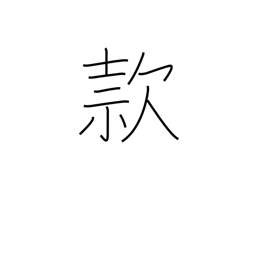
Meaning: goodwill